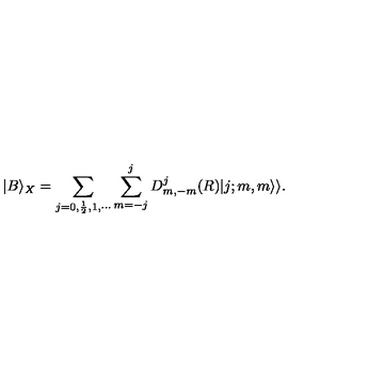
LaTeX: | B \rangle _ { X } = \sum _ { j = 0 , \frac { 1 } { 2 } , 1 , \cdots } \sum _ { m = - j } ^ { j } D _ { m , - m } ^ { j } ( R ) | j ; m , m \rangle \rangle .